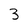
Character: 3